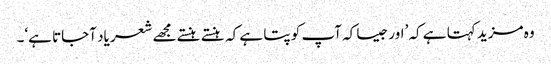
وہ مزید کہتا ہے کہ ’اور جیسا کہ آپ کو پتا ہے کہ ہنستے ہنستے مجھے شعر یاد آجاتا ہے‘۔